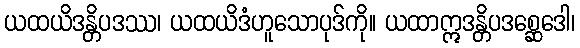
ယထယိဒန္တိပဒဿ၊ ယထယိဒံဟူသောပုဒ်ကို။ ယထာဣဒန္တိပဒစ္ဆေဒေါ၊